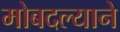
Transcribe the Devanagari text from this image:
मोबदल्याने